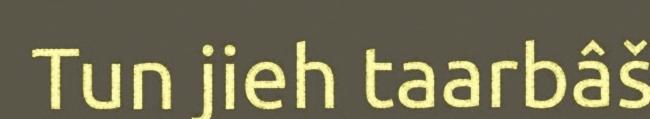
Tun jieh taarbâš